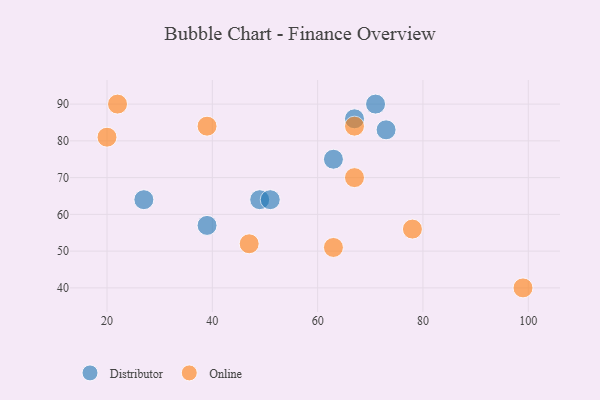
{"axis": {"x": "GDP", "y": "Life Expectancy"}, "legend": ["Distributor", "Online"], "data": [{"x": "71", "y": 90, "type": "Distributor"}, {"x": "67", "y": 86, "type": "Distributor"}, {"x": "49", "y": 64, "type": "Distributor"}, {"x": "63", "y": 75, "type": "Distributor"}, {"x": "39", "y": 57, "type": "Distributor"}, {"x": "51", "y": 64, "type": "Distributor"}, {"x": "27", "y": 64, "type": "Distributor"}, {"x": "73", "y": 83, "type": "Distributor"}, {"x": "67", "y": 70, "type": "Online"}, {"x": "47", "y": 52, "type": "Online"}, {"x": "22", "y": 90, "type": "Online"}, {"x": "78", "y": 56, "type": "Online"}, {"x": "63", "y": 51, "type": "Online"}, {"x": "67", "y": 84, "type": "Online"}, {"x": "99", "y": 40, "type": "Online"}, {"x": "39", "y": 84, "type": "Online"}, {"x": "20", "y": 81, "type": "Online"}]}